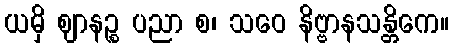
ယမှိ ဈာနဉ္စ ပညာ စ၊ သဝေ နိဗ္ဗာနသန္တိကေ။